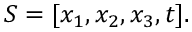
\begin{array} { r } { S = [ x _ { 1 } , x _ { 2 } , x _ { 3 } , t ] . } \end{array}